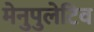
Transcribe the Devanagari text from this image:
मेनुपुलेटिव